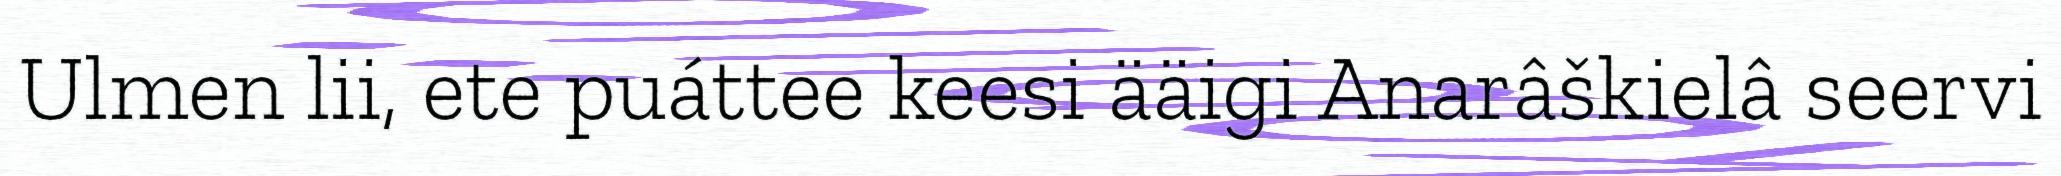
Ulmen lii, ete puáttee keesi ääigi Anarâškielâ seervi